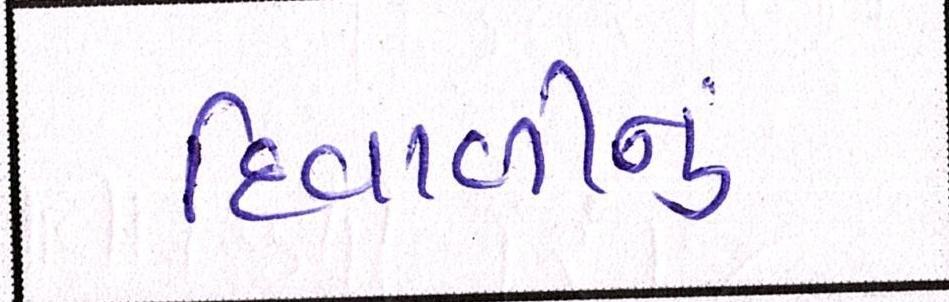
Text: દિવાળીનું